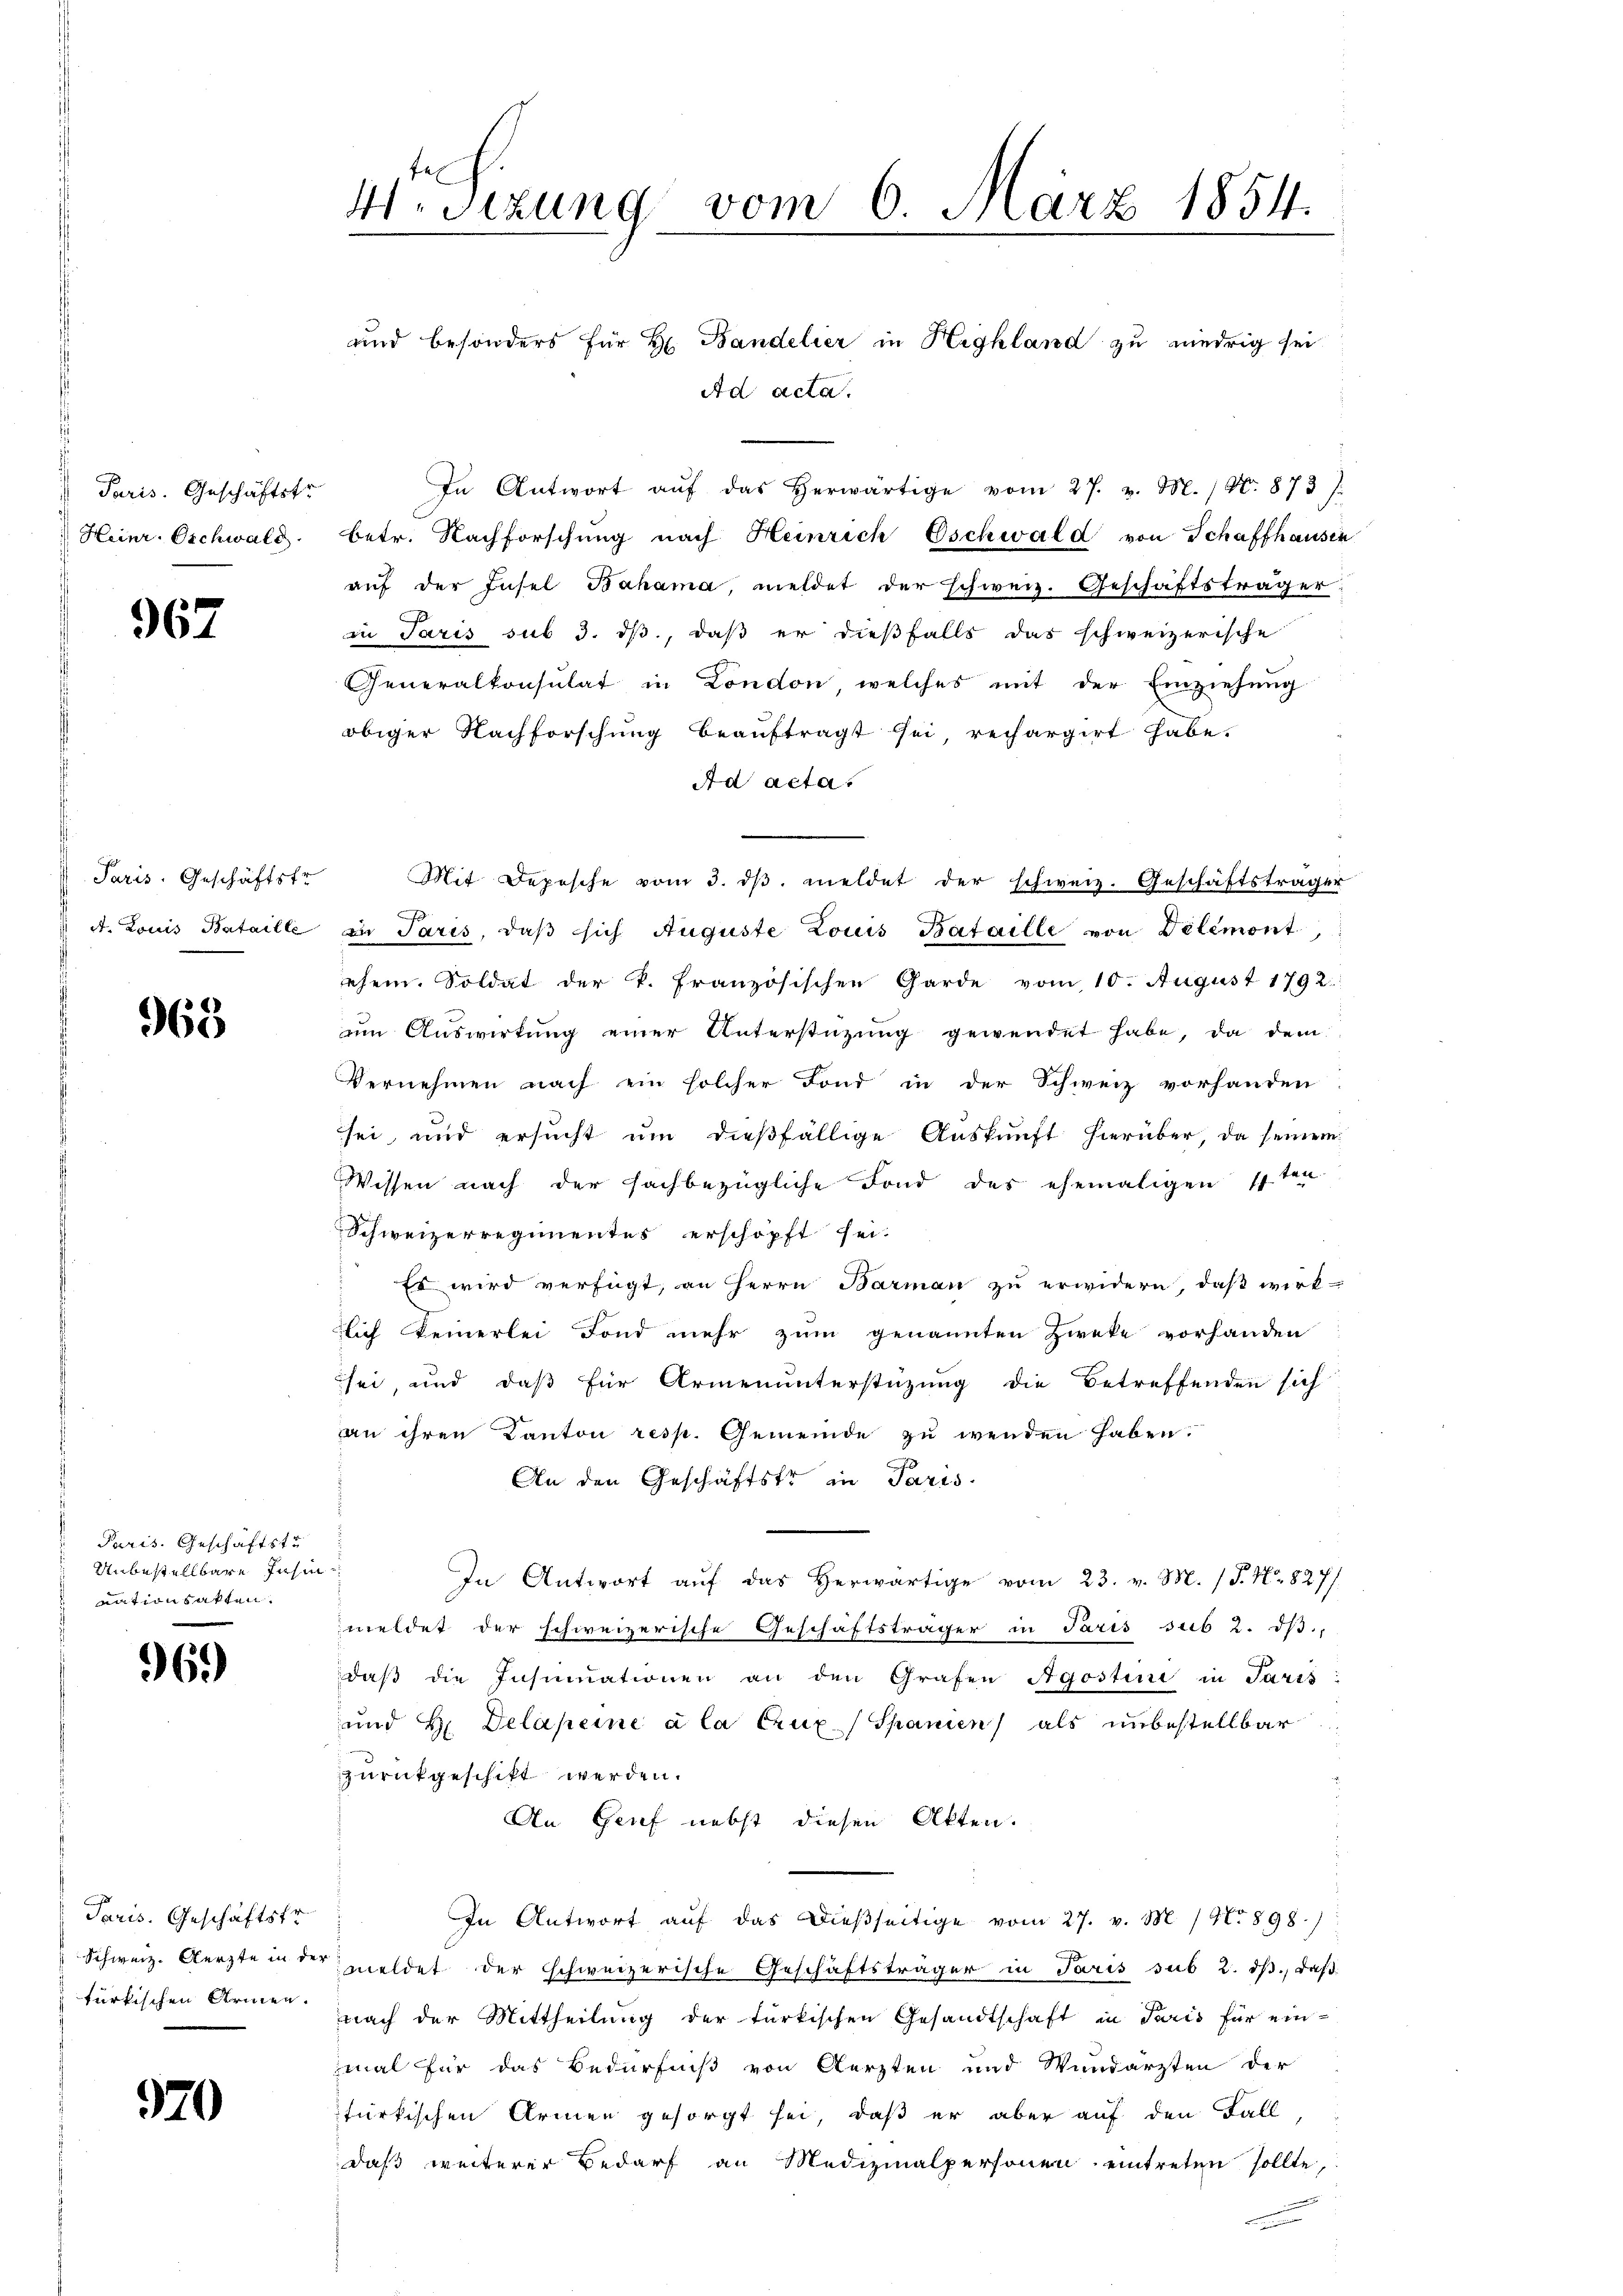
Paris. Geschäftstr
Heinr. Oschwald

967

Paris. Geschäftstr
A. Louis Bataille

968

Paris. Geschäftstu
Unbestellbare Insin
nation satten.

69)

Paris. Geschäftstr
Schweiz. Aerzte in der
türkischen Armen.

970

4 Sizung vom 6. März 1854.
und besonders für Hr Bandelier in Highland zu niedrig sei

Ad acta.
In Antwort aŭf das herwärtige vom 27. v. M. / No. 873).
betr. Nachforschŭng nach Heinrich Eschwald von Schaffhausin
aŭf der Insel Bahama, meldet der schweiz. Geschäftsträger:
in Paris sub 3. dβ, daß er dießfalls das schweizerische
Generalkonsulat in London welches mit der Einziehung
obiger Nachforschung beauftragt sei, rechargirt habe.
Ad acta.
Mit Depesche vom 3. dβ meldet der schweiz. Geschäftsträger
in Paris, daß sich Auguste Louis Bataille von Delémont,
ehem. Soldat der k. französischen Garde vom 10. August 1792.
ŭm Aŭswirkŭng einer Unterstützŭng gewendet habe, da dem
Vernehmen nach ein solcher Fond in der Schweiz vorhanden
sei, und ersucht um dießfällige Auskunft hierüber, da seinem
Wissen nach der sachbezügliche Fond des ehemaligen 1ten
Schweizerregimentes erschöpft sei.
Es wird verfügt, an Herrn Barman zu erwidern, daß wirk-
lich keinerlei Fond mehr zum genannten Zweke vorhanden
sei, und daß für Armenunterstützung die Betreffenden sich
an ihren Kanton resp. Gemeinde zu wenden haben.
An den Geschäftstr in Paris
In Antwort auf das herwärtige vom 23. v. M. (T. No. 827/
meldet der schweizerische Geschäftsträger in Paris sub 2. dβ.
daβ die Insinuationen an den Grafen Agostini in Paris
und H. Delapeine à la Crux (Spanien, als unbestellbar
zurückgeschikt werden.
An Genf nebst diesen Akten.
In Antwort auf das dießseitige vom 27. v. M. 1/9. 898.)
meldet der schweizerische Geschäftsträger in Paris sub 2. ds., daß
nach der Mittheilung der türkischen Gesandtschaft in Paris für ein-
mal für das Bedürfniß von Aerzten und Wundarzten der
türkischen Armen gesorgt sei, daß er aber auf den Fall
daß weiterer Bedarf an Medizinalpersonen eintreten sollte,
i
b